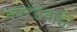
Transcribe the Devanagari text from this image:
कारंडेवाडी